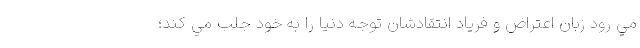
مي رود زبانِ اعتراض و فریاد انتقادشان توجه دنيا را به خود جلب مي كند؛